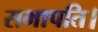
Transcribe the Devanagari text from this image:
सभापति।